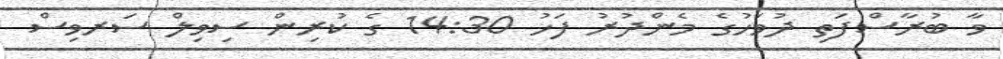
ވާ ބުރާސްފަތި ދުވަހުގެ މެންދުރު ފަހު 14:30 ގެ ކުރިން ސިވިލް ސަރވިސް